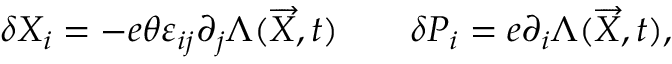
\delta X _ { i } = - e \theta \varepsilon _ { i j } \partial _ { j } \Lambda ( \overrightarrow { X } , t ) \qquad \delta P _ { i } = e \partial _ { i } \Lambda ( \overrightarrow { X } , t ) ,